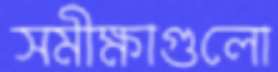
সমীক্ষাগুলো